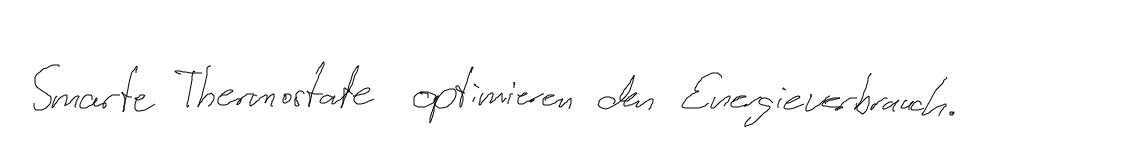
Smarte Thermostate optimieren den Energieverbrauch.